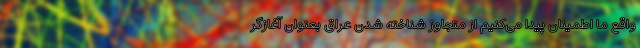
واقع ما اطمینان پیدا می‌کنیم از متجاوز شناخته شدن عراق بعنوان آغازگر